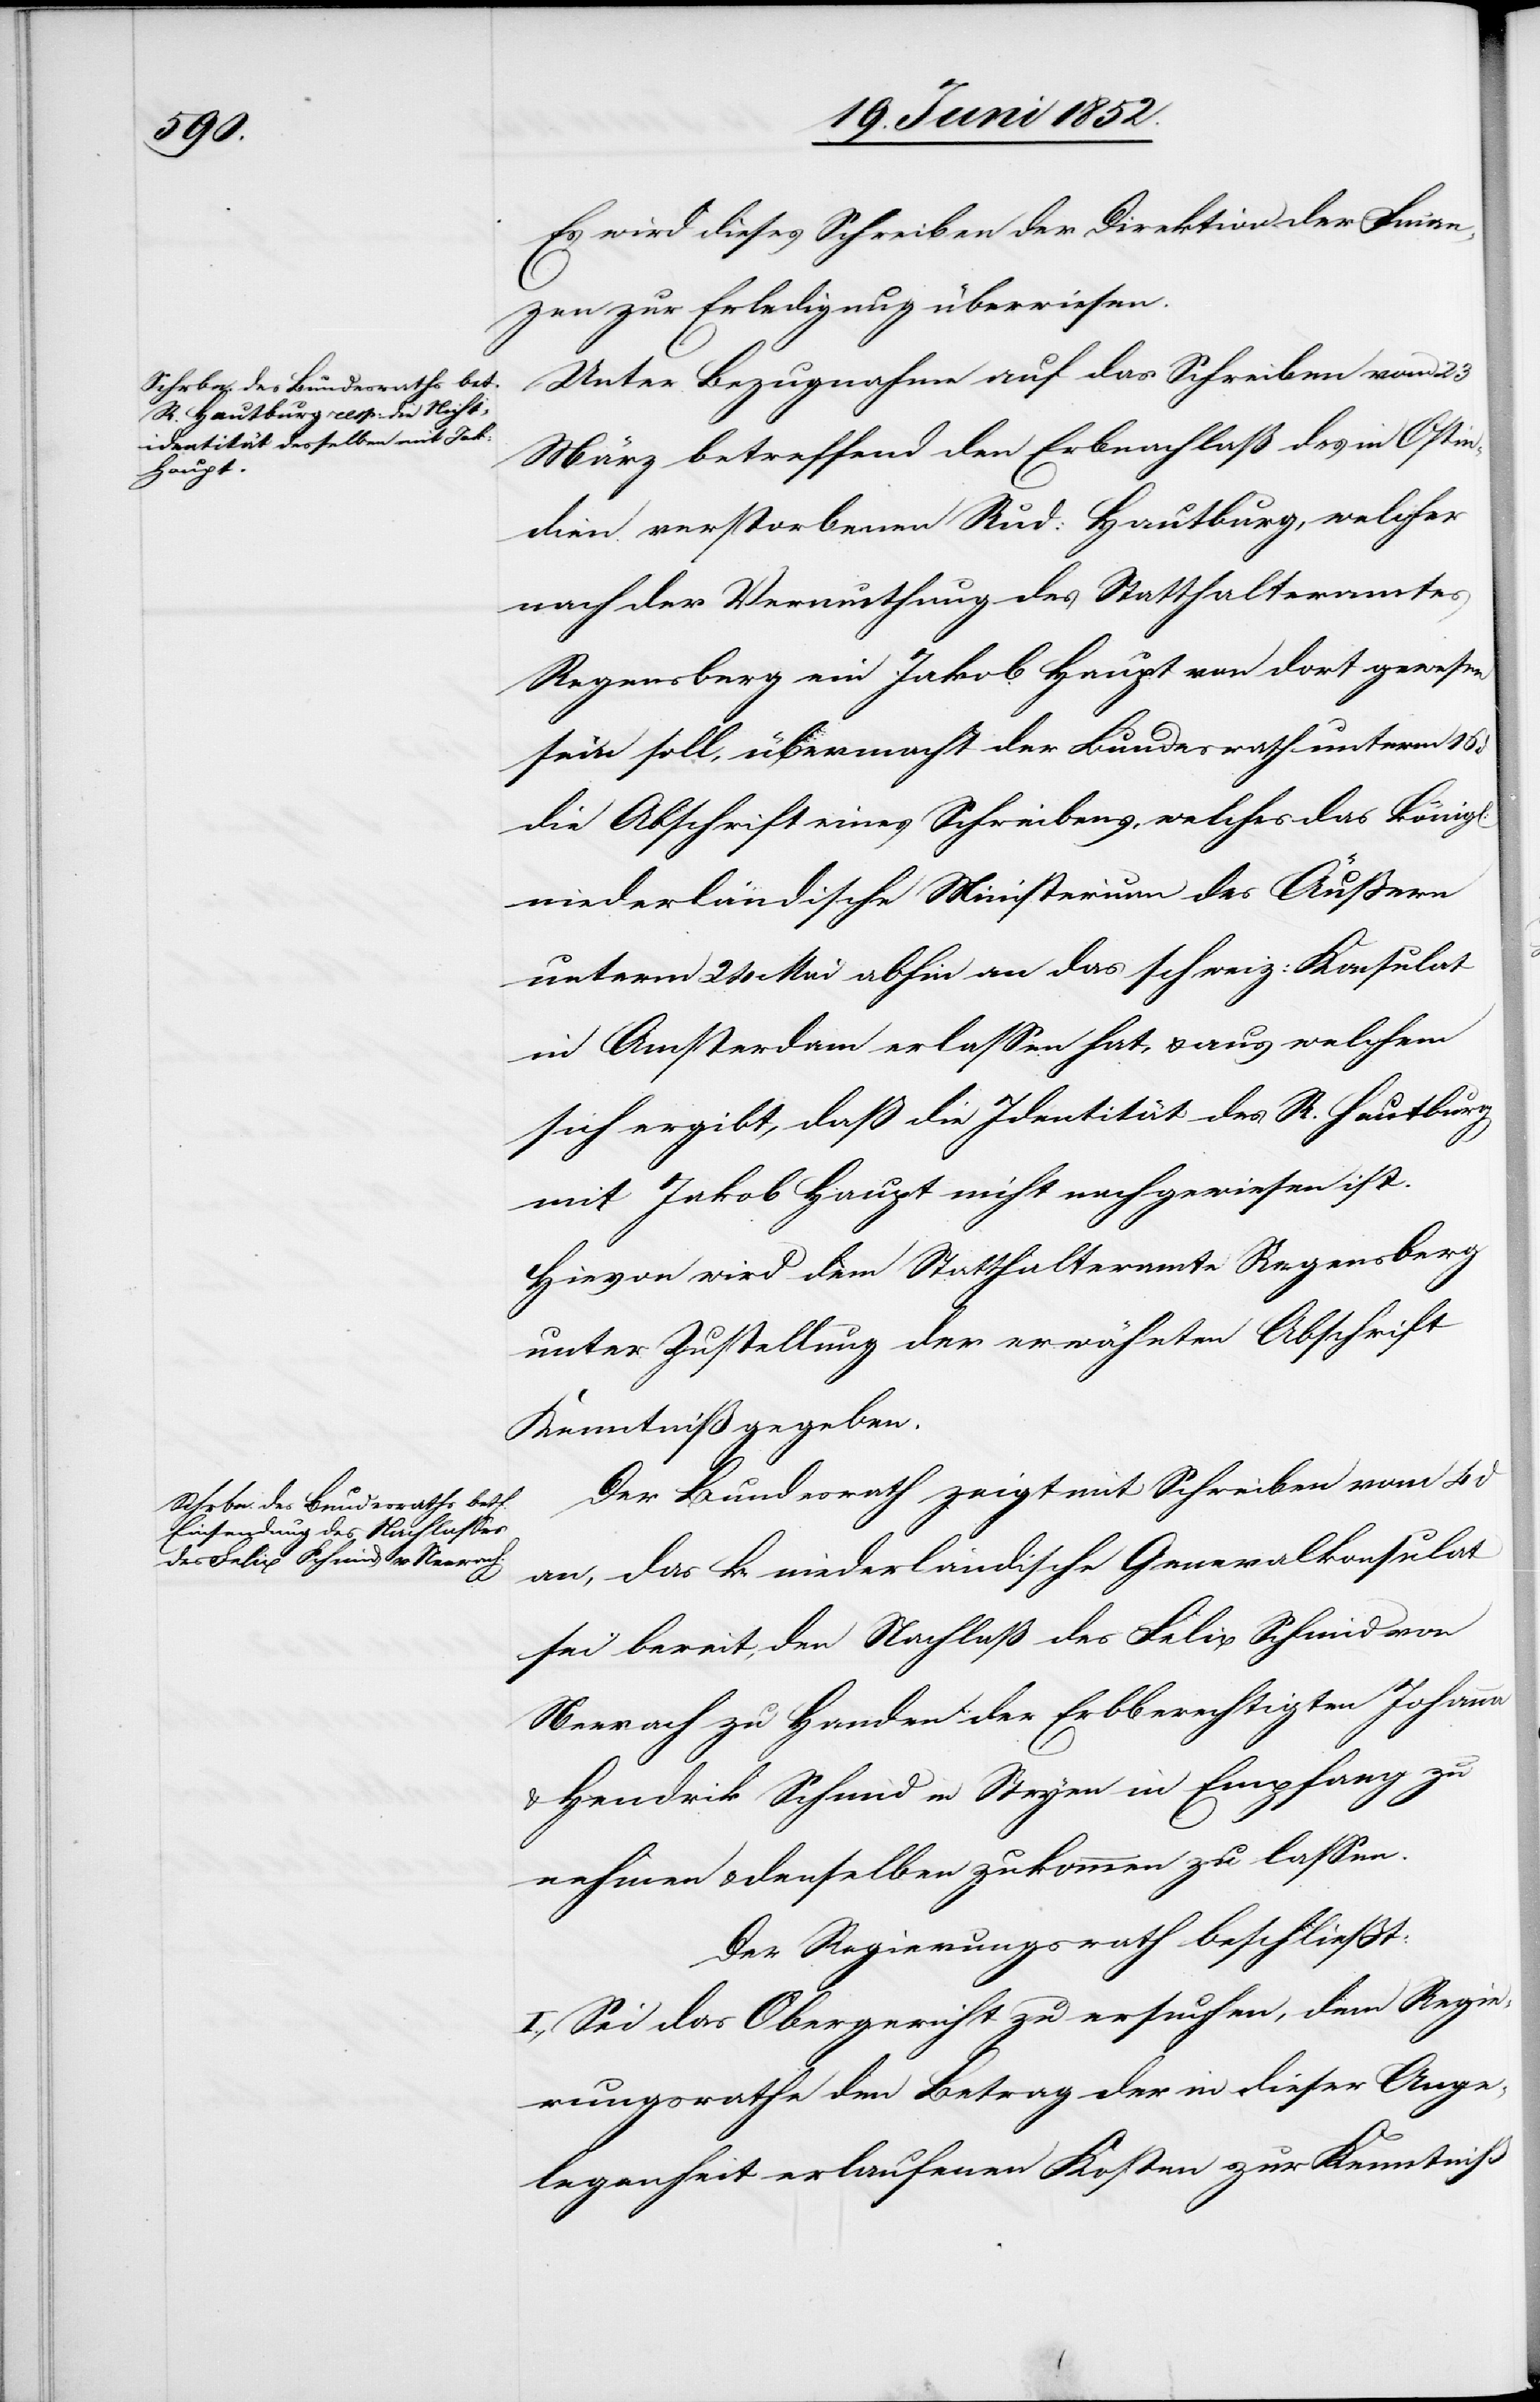
Es wird dieses Schreiben der Direktion der Finan¬
zen zur Erledigung überwiesen.
Unter Bezugnahme auf das Schreiben vom 23
März betreffend den Erbnachlaß des in Ostin¬
dien verstorbenen Rud: Hautburg, welcher
nach der Vermuthung des Statthalteramtes
Regensberg ein Jakob Haupt von dort gewesen
sein soll, übermacht der Bundesrath unterm 16
die Abschrift eines Schreibens, welches das königl:
niederländische Ministerium des Äußern
unterm 24 Mai abhin an das schweiz: Konsulat
in Amsterdam erlassen hat, & aus welchem
sich ergibt, daß die Identität des R. Hautburg
mit Jakob Haupt nicht nachgewiesen ist.
Hievon wird dem Statthalteramte Regensberg
unter Zustellung der erwähnten Abschrift
Kenntniß gegeben.
Der Bundesrath zeigt mit Schreiben vom 4 d
an, das k. Niederländische Generalkonsulat
sei bereit, den Nachlaß des Felix Schmid von
Neerach zu Handen der Erbberechtigten Johanna
& Hendrik Schmid in Stryen in Empfang zu
nehmen & denselben zukommen zu lassen.
Der Regierungsrath beschließt:
I., Sei das Obergericht zu ersuchen, dem Regie¬
rungsrathe den Betrag der in dieser Ange¬
legenheit erlaufenen Kosten zur Kenntniß